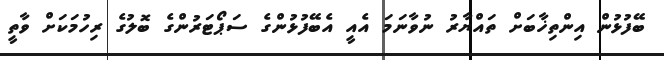
ބޭފުޅުން އިންތިޚާބަށް ތައްޔާރު ނުވާނަމަ އެއީ އެބޭފުޅުންގެ ސަޕޯޓަރުންގެ ބޮލުގެ ރިހުމަކަށް ވާތީ